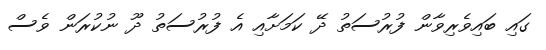
ގައި ބައިވެރިވާން ފުރުސަތު ދޭ ކަމަށާއި އެ ފުރުސަތު ދޫ ނުކުރަން ވެސް